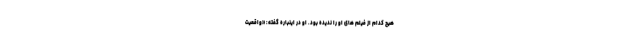
هیچ کدام از فیلم های او را ندیده بود. او در اینباره گفته: «واقعیت